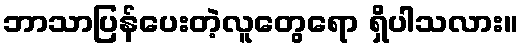
ဘာသာပြန်ပေးတဲ့လူတွေရော ရှိပါသလား။